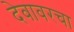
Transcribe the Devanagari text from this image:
देवावरचा